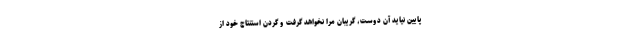
پایین نیاید آن دوست، گریبان مرا نخواهد گرفت و گردن استنتاج خود از